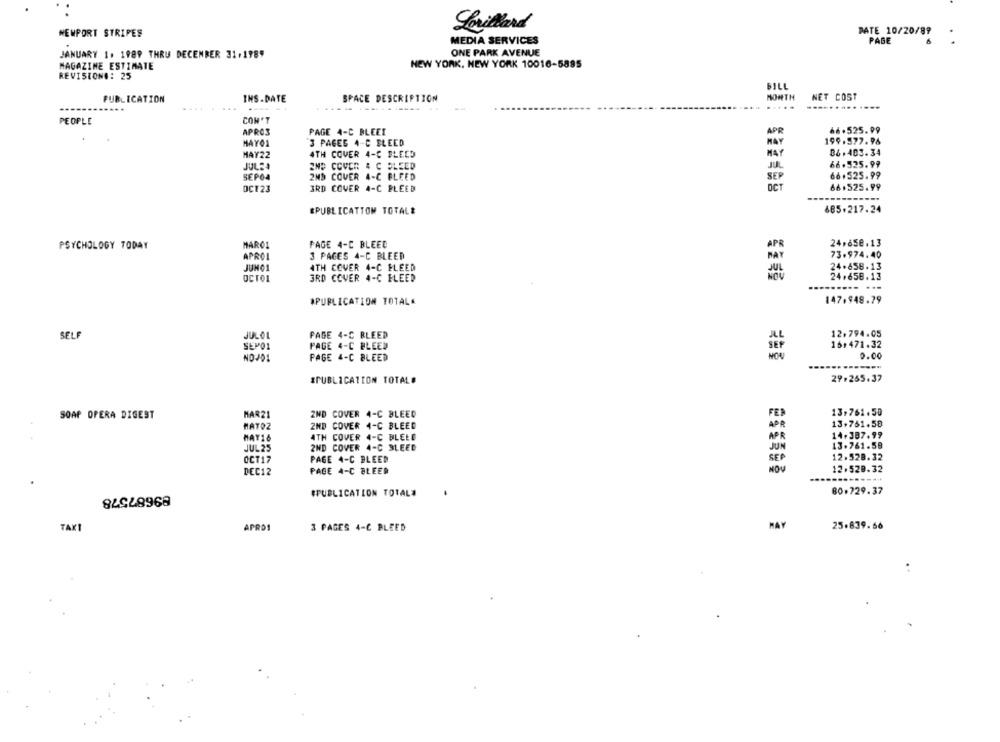
Lorillard
NEWPORT STRIPES
PATE 10/20/89
.
MEDIA SERVICES
PAGE
ONE PARK AVENUE
JANUARY 1. 1989 THRU DECEMBER 31,198"
MAGAZINE ESTIMATE
NEW YORK, NEW YORK 10016-5895
REVISION#: 25
BILL
MONTH
NET COST
PUBLICATION
INS.DATE
SPACE DESCRIPTION
----
....
.... ....
PEOPLE
CON'T
APROS
PAGE 4-C BLEET
APR
66.525.99
3 PAGES 4-C BLEED
199.577.96
MAYO1
HAY22
ATH COVER 4-C BLEED
MA
06. 403.34
66.525.99
JUL24
AND COVER & C SLEED
SEPOA
2ND COVER 4-C FLEED
SEP
66.525.99
OCT
66.525.99
OCT23
3RD COVER 4-C PLEED
&PUBLICATTOM TOTALE
685.217.24
MARC1
PAGE 4-C BLEED
24,658.13
PSYCHOLOGY TODAY
73.974.40
APRO
3 PAGES 4-C BLEED
JUNÇ1
ATH COVER 4-C FLEED
24.656.13
24.658.13
OCTOL
3RD COVER 4-C FLEED
....
#PUBLICATION TOTALA
147.948.79
JULOL
PAGE 4-C BLEED
12.794.05
SELF
SEM01
PAGE 4-C BLEED
16:471.32
PAGE 4-C BLEED
0.00
NOJ01
29.265.37
*PUBLICATION TOTAL#
SOAP OPERA DIGEST
MAR21
2ND COVER 4-C BLEED
FER
13.761.50
13,761.58
HATOZ
2ND COVER 4-C BLEED
HAY16
ATH COVER 4-C BLEED
APR
14.387.99
13.761.58
JUL25
2ND COVER 4-C BLEED
JUN
OCT17
PAGE 4-C BLEED
SE
12.528.32
NOV
12.528.32
DEC12
PAGE 4-C BLEED
----
89687578
#PUBLICATION TOTAL#
80.729.37
TAX
APRO1
HAY
25.839.66
3 PAGES 4-C BLEED
. .